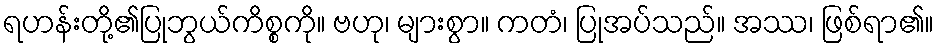
ရဟန်းတို့၏ပြုဘွယ်ကိစ္စကို။ ဗဟု၊ များစွာ။ ကတံ၊ ပြုအပ်သည်။ အဿ၊ ဖြစ်ရာ၏။